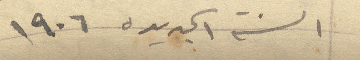
السنة الجديدة ١۹٠٦